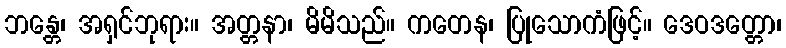
ဘန္တေ၊ အရှင်ဘုရား။ အတ္တနာ၊ မိမိသည်။ ကတေန၊ ပြုသောကံဖြင့်။ ဒေဝဒတ္တော၊